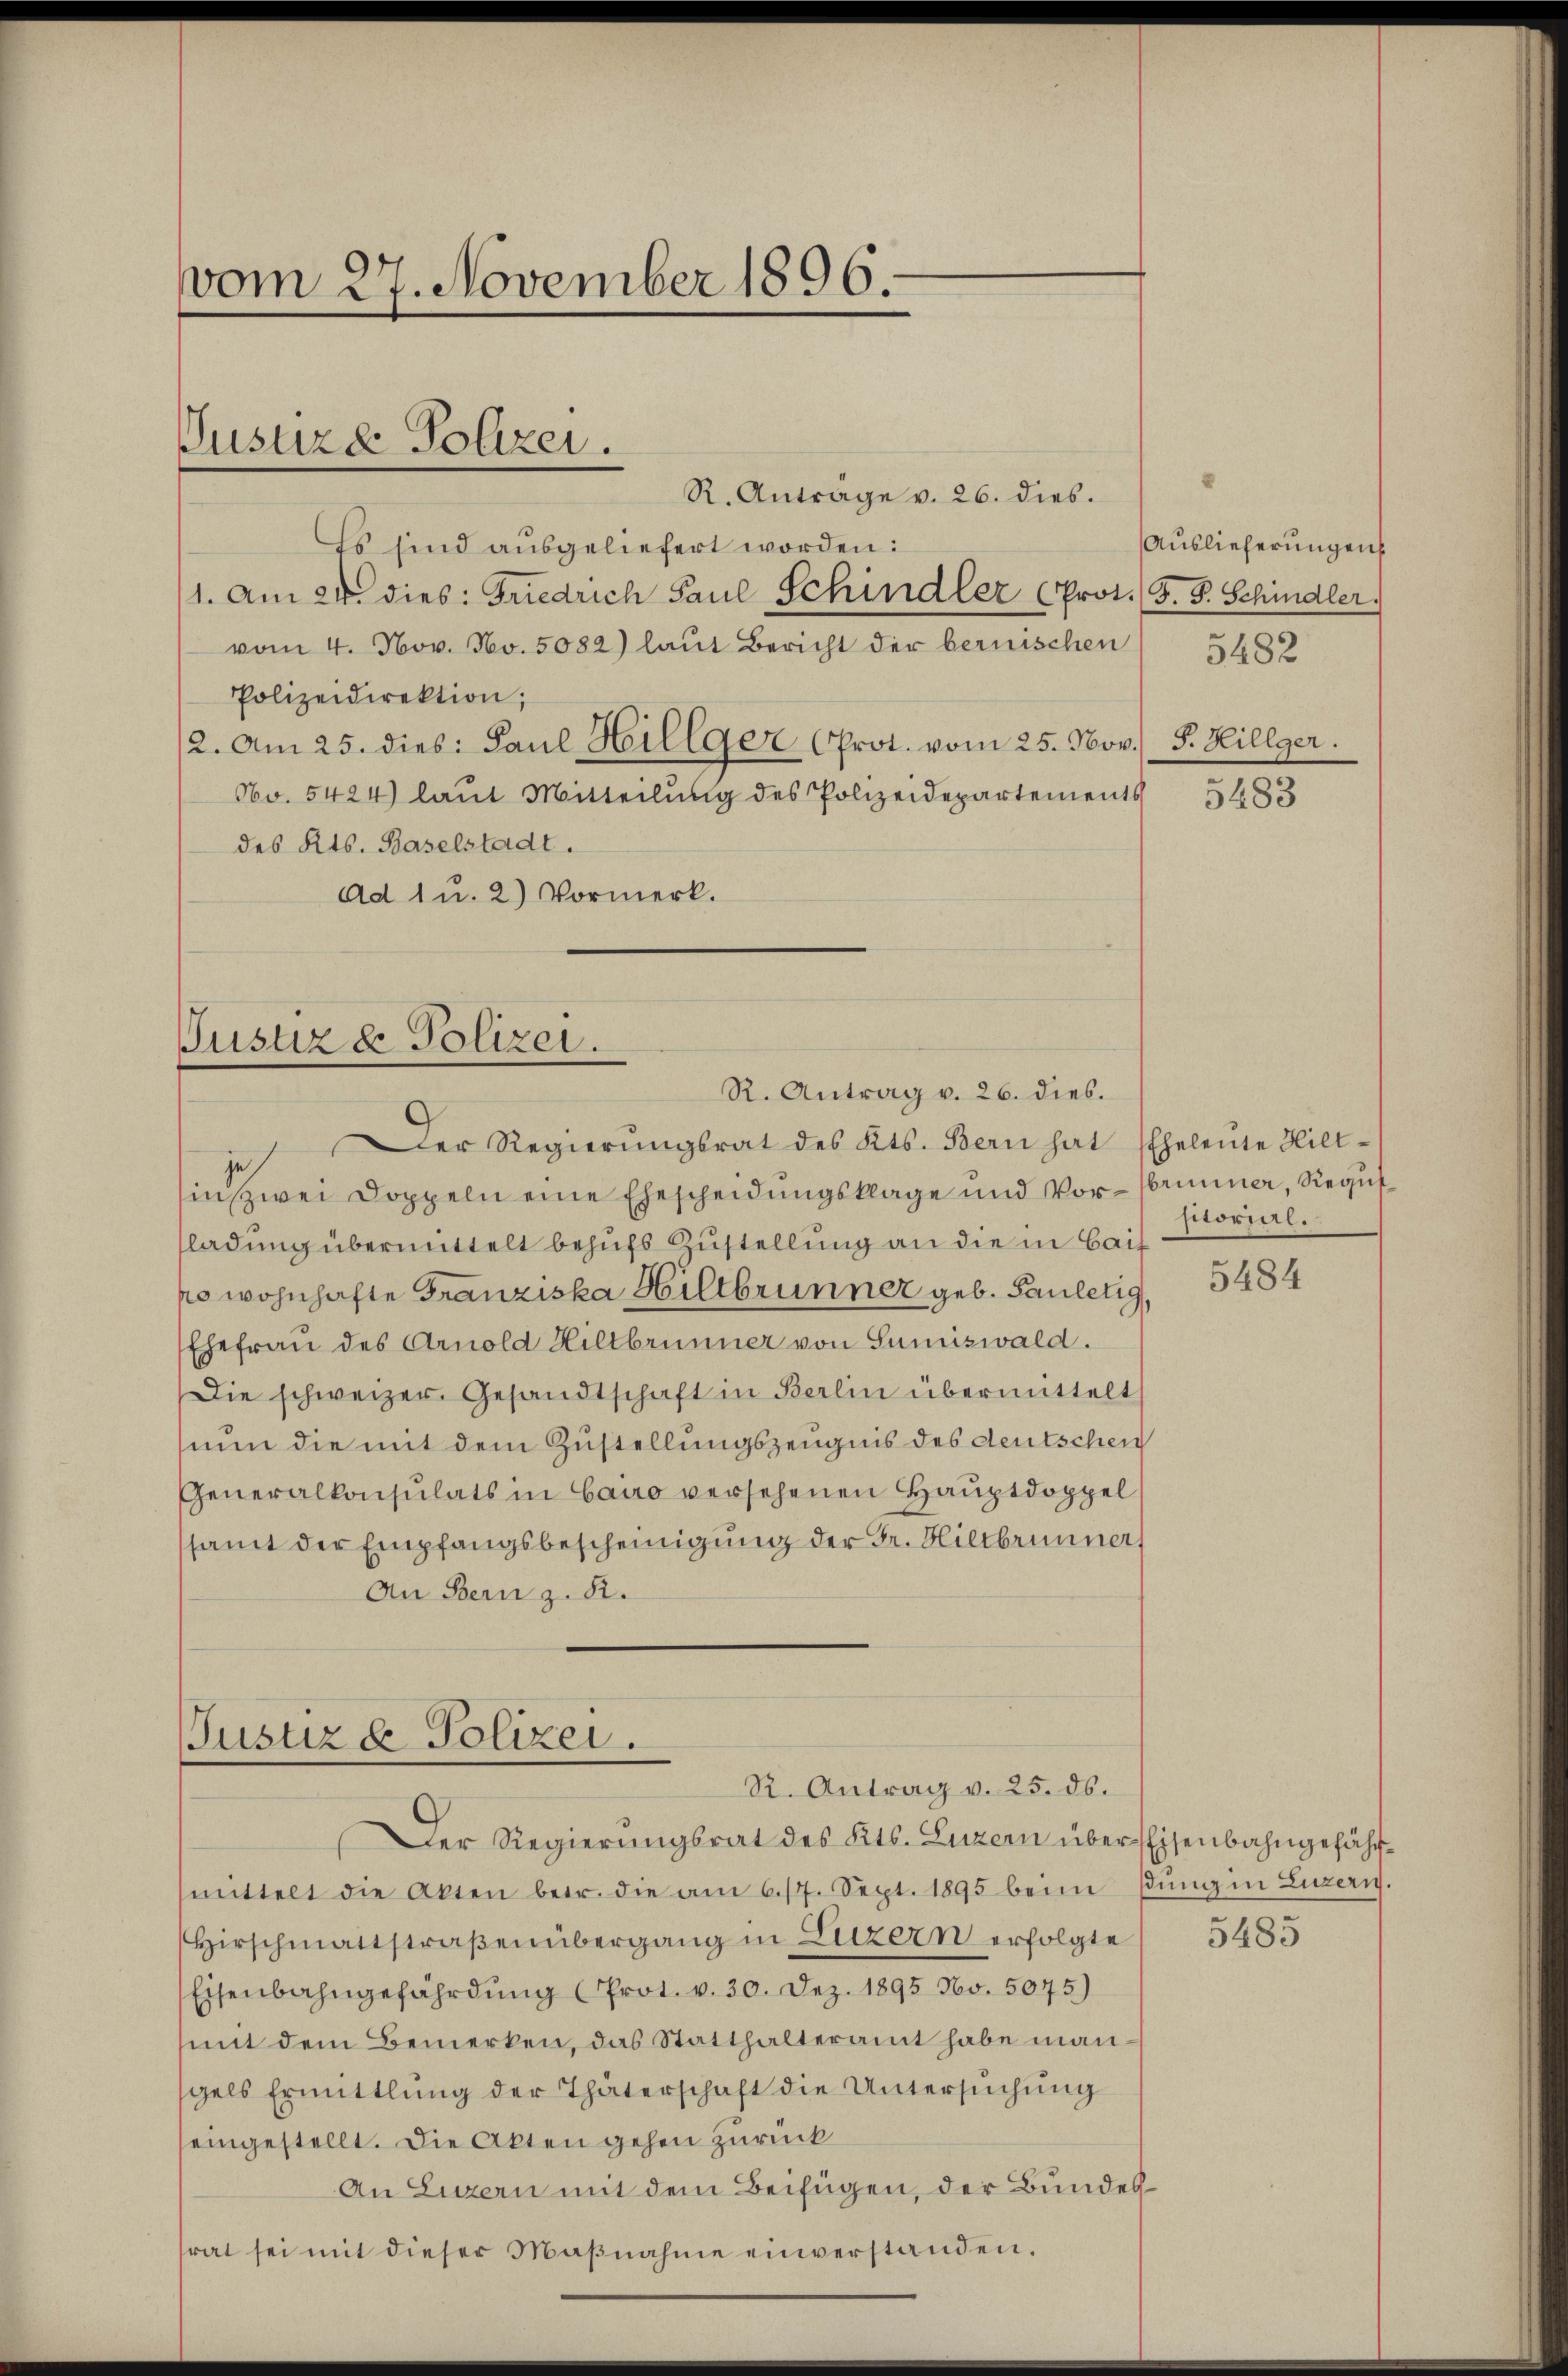
vom 27. November 1896.

R. Antrage v. 26. dies.
Es sind ausgeliefert worden:
1. Am 24. dies: Friedrich Paul Schindler (Prot. (S. P. Schindler.
vom 4. Nov. No. 5082) laut Bericht der bernischen 5482
Polizeidirektion;
2. Am 25. dies: Paul Hillger Prot. vom 25. Nov. F. Hillger.
No. 5424) laut Mitteilung des Polizeidepartements
des Kts. Baselstadt.
Ad 1 u. 2) Vormerk.

Justizd Polizei.

Justiz & Polizei.
R. Antrag v. 26. dies.

Der Regierŭngsrat des Kts. Bern hat Eheleŭte Hilt-
je
in zwei Doppeln eine Ehescheidungsklage und Vor- brunner, Regul
ladung übermittelt behufs Zustellung an die in Bai
so wohnhafte Franziska Hiltbrunner geb. Pauletig,
Ehefrau des Arnold Hiltbrunner von Sumiswald.
Die schweizer. Gesandtschaft in Berlin übermittelt
nun die mit dem Zustellungszeugnis des deutschen
Generalkonsulats in bauo versehenen Hauptdoppel
samt der Empfangsbescheinigung der Dr. Hiltbrunner
An Bern z. B.

Justiz & Polizei.
R. Antrag v. 25. ds.

Der Regierungsrat des Kts. Luzern über Eisenbahngefährmittelt die Akten betr. die am 6/7. Sept. 1895 beim stung in Luzern.
Hirschmattstraβenübergang in Luzern erfolgte
Eisenbahngefährdung (Prot. v. 30. Dez. 1895 Nov. 5075)
mit dem Bemerken, das Statthalteramt habe mangels Ermittlung der Thäterschaft die Untersŭchŭng
seingestellt. Die Akten gehen zurück
An Luzern mit dem Beifügen, der Bundes
rat sei mit dieser Maβnahme einverstanden.

Auslieferungen

5483

sitorial.

5484

5485